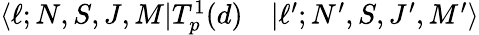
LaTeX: \begin{array}{rl}{\langle\ell;N,S,J,M|T_{p}^{1}(d)}&{{}|\ell^{\prime};N^{\prime},S,J^{\prime},M^{\prime}\rangle}\end{array}